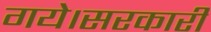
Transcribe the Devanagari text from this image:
गये।सरकारी